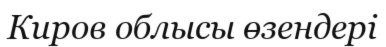
Киров облысы өзендері